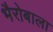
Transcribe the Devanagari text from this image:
भैरोबाला